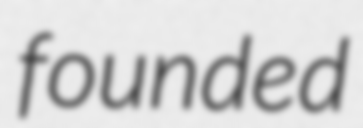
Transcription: founded